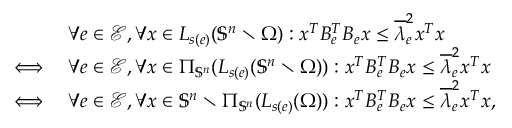
\begin{array} { r l } & { \forall e \in \mathcal { E } , \forall x \in L _ { s ( e ) } ( \mathbb { S } ^ { n } \setminus \Omega ) : x ^ { T } B _ { e } ^ { T } B _ { e } x \leq \overline { { \lambda } } _ { e } ^ { 2 } x ^ { T } x } \\ { \iff } & { \forall e \in \mathcal { E } , \forall x \in \Pi _ { \mathbb { S } ^ { n } } ( L _ { s ( e ) } ( \mathbb { S } ^ { n } \setminus \Omega ) ) : x ^ { T } B _ { e } ^ { T } B _ { e } x \leq \overline { { \lambda } } _ { e } ^ { 2 } x ^ { T } x } \\ { \iff } & { \forall e \in \mathcal { E } , \forall x \in \mathbb { S } ^ { n } \setminus \Pi _ { \mathbb { S } ^ { n } } ( L _ { s ( e ) } ( \Omega ) ) : x ^ { T } B _ { e } ^ { T } B _ { e } x \leq \overline { { \lambda } } _ { e } ^ { 2 } x ^ { T } x , } \end{array}